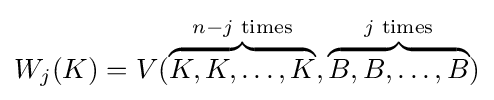
W_{j}(K)=V({\overset {n-j{\text{ times}}}{\overbrace {K,K,\ldots ,K} }},{\overset {j{\text{ times}}}{\overbrace {B,B,\ldots ,B} }})